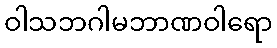
ဝါသဘဂါမဘာဏဝါရော